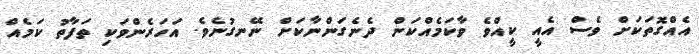
އެއްގޮތަކަށް ވެސް އެއީ ކީއްވެ ވާކަމެއްކަން ދެނެގަންނާކަށް ނޭނގުނެވެ. އަހަރެންވަކި ތަފާތު ކަމެއް